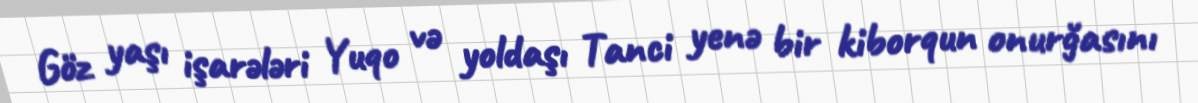
Göz yaşı işarələri Yuqo və yoldaşı Tanci yenə bir kiborqun onurğasını